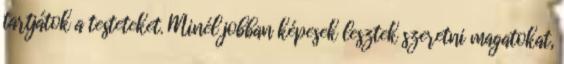
tartjátok a testeteket. Minél jobban képesek lesztek szeretni magatokat,